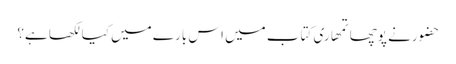
حضورنے پوچھا تمھاری کتاب میں اس بارے میں کیا لکھا ہے؟